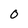
Character: 0